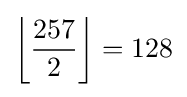
\left\lfloor {\frac {257}{2}}\right\rfloor =128